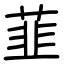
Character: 韮